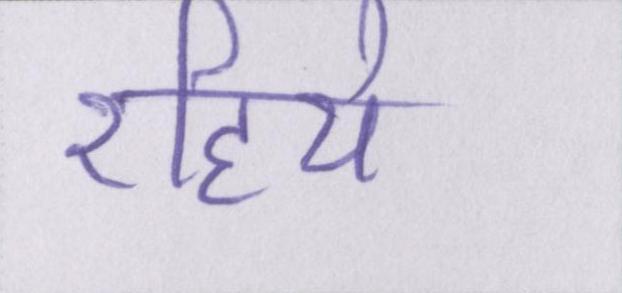
रहिये